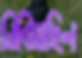
নিবিয়াছিল